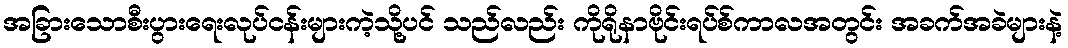
အခြားသောစီးပွားရေးလုပ်ငန်းများကဲ့သို့ပင် သည်လည်း ကိုရိုနာဗိုင်းရပ်စ်ကာလအတွင်း အခက်အခဲများနဲ့